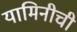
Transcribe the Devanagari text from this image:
यामिनीची